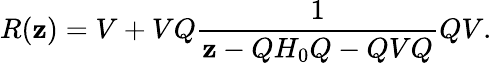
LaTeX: R(\mathbf{z})=V+VQ\frac{{1}}{{\mathbf{z}-QH_{0}Q-QVQ}}QV.